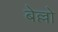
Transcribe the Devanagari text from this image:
बेल्लो